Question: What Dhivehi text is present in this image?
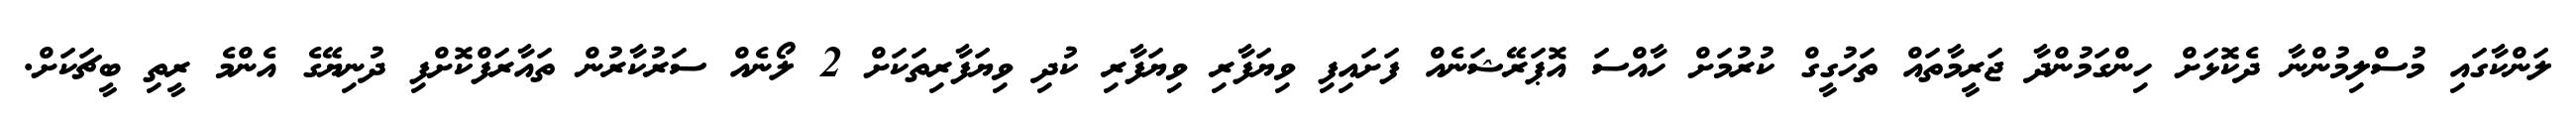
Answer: ލަންކާގައި މުސްލިމުންނާ ދެކޮޅަށް ހިންގަމުންދާ ޖަރީމާތައް ތަހުގީގް ކުރުމަށް ހާއްސަ އޮޕަރޭޝަނެއް ފަށައިފި ވިޔަފާރި ވިޔަފާރި ކުދި ވިޔަފާރިތަކަށް 2 ލޯނެއް ސަރުކާރުން ތައާރަފްކޮށްފި ދުނިޔޭގެ އެންމެ ރީތި ބީޗަކަށް.